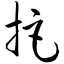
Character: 拒